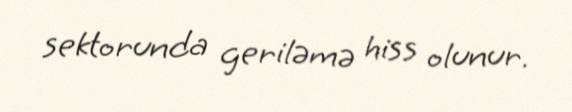
sektorunda geriləmə hiss olunur.